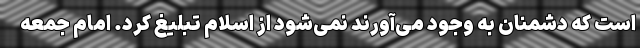
است که دشمنان به وجود می‌آورند نمی‌شود از اسلام تبلیغ کرد. امام جمعه